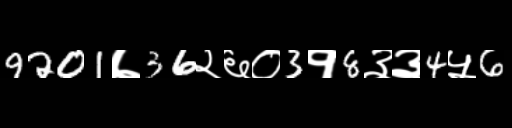
Text: 9201७36२६०3१8३३4५6